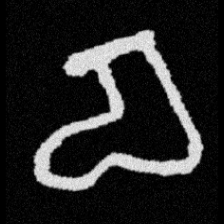
Pyu character \u2014 Myanmar letter: စ (romanized: ca)